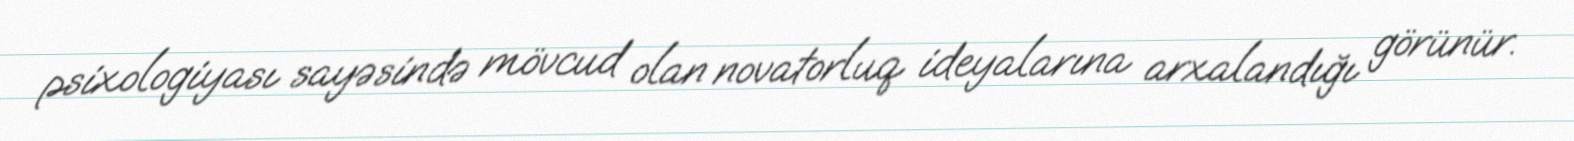
psixologiyası sayəsində mövcud olan novatorluq ideyalarına arxalandığı görünür.